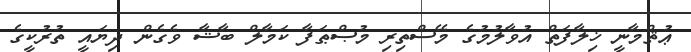
ޢުޘްމާނީ ޚިލާފަތް އުވާލުމުގެ މޭސްތިރި މުޞްޠަފާ ކަމާލް ބާޝާ ވެގެން ދިޔައީ ތުރުކީގެ